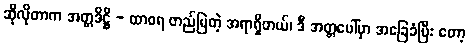
ဆိုလိုတာက အတ္တဒိဋ္ဌိ - ထာဝရ တည်မြဲတဲ့ အရာရှိတယ်၊ ဒီ အတ္တပေါ်မှာ အခြေခံပြီး တော့